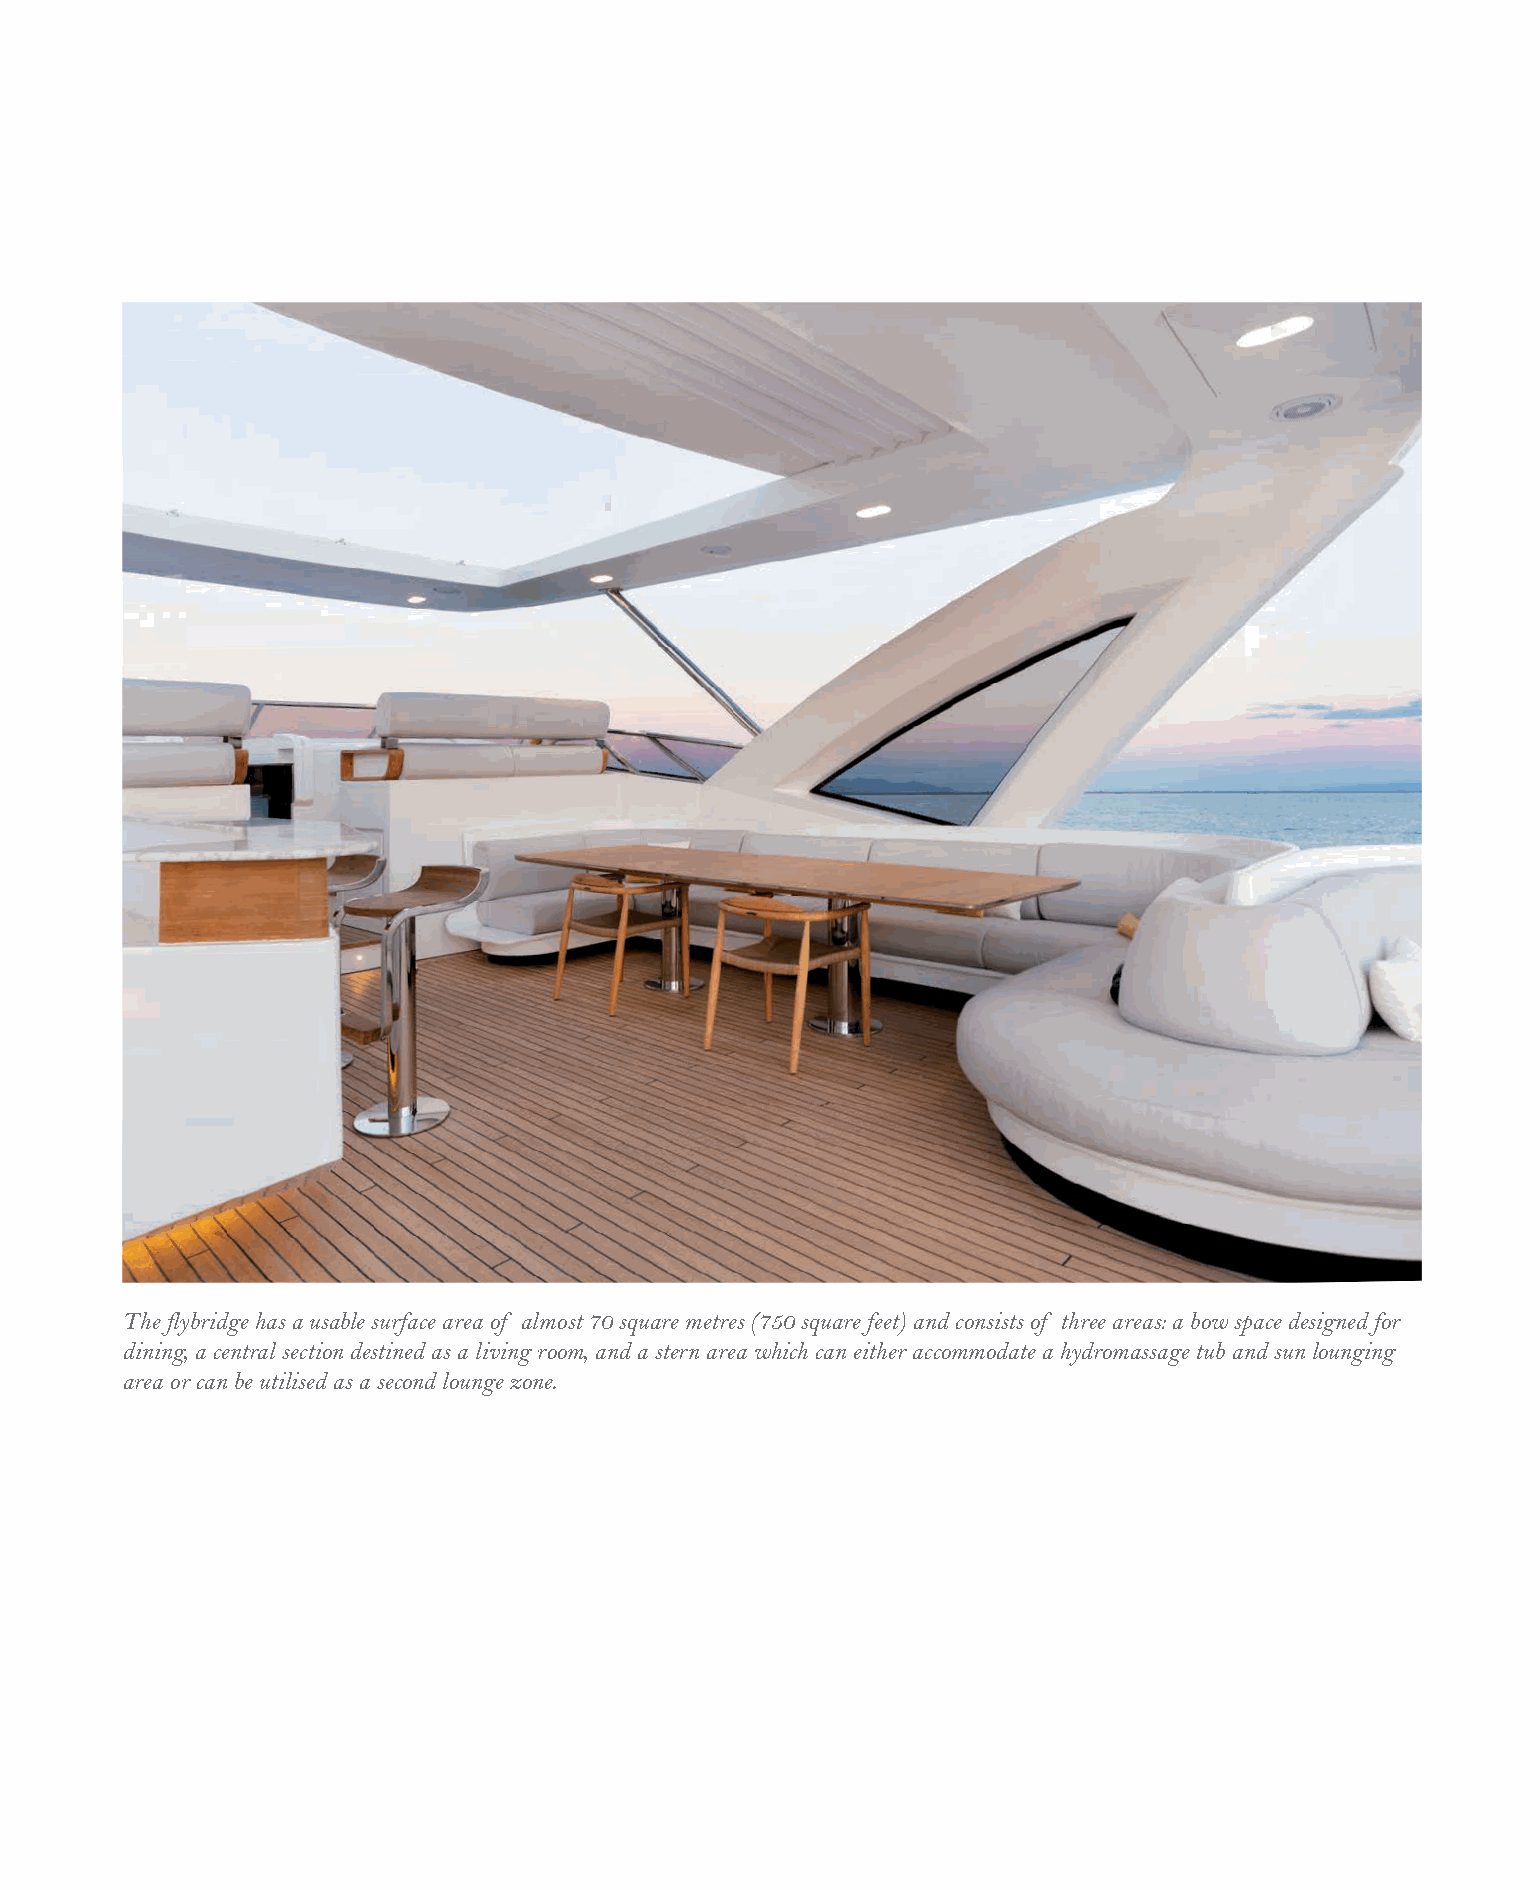
The flybridge has a usable surface area of almost 70 square metres (750 square feet) and consists of three areas: a bow space designed for
 dining, a central section destined as a living room, and a stern area which can either accommodate a hydromassage tub and sun lounging
 area or can be utilised as a second lounge zone.